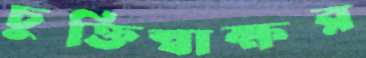
চুক্তিস্বাক্ষর